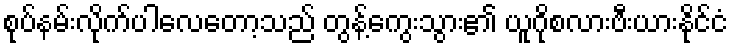
စုပ်နမ်းလိုက်ပါလေတော့သည် တွန့်ကွေးသွား၏ ယူဂိုစလားဗီးယားနိုင်ငံ